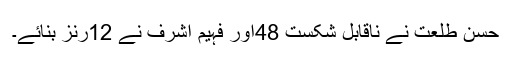
حسن طلعت نے ناقابل شکست 48اور فہیم اشرف نے 12رنز بنائے۔